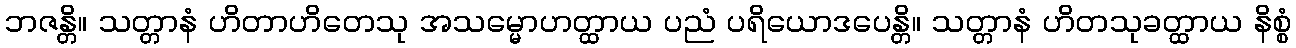
ဘဇန္တိ။ သတ္တာနံ ဟိတာဟိတေသု အသမ္မောဟတ္ထာယ ပညံ ပရိယောဒပေန္တိ။ သတ္တာနံ ဟိတသုခတ္ထာယ နိစ္စံ